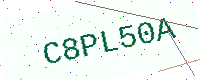
Text: C8PL50A